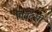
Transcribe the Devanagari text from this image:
पियदसी